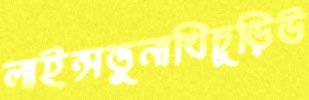
লাইন্সভুনাখিচুড়িউ